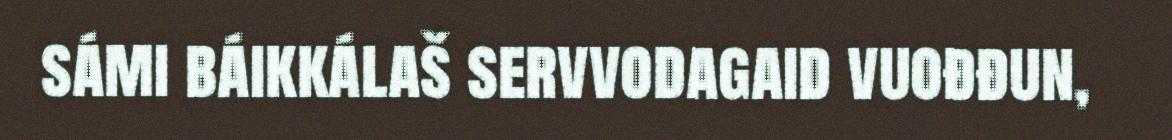
sámi báikkálaš servvodagaid vuođđun,